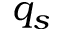
q _ { s }